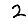
Digit: 2